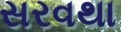
સરવથા